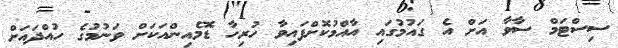
ސިސްޓަމް ސާވާ އަށް އެ ގައުމުގައި އާއްމުކޮށްފައިވާ ހުރިހާ ޑޮމެއިންއަކަށް ވަނުމުގެ ހުއްދައަށް